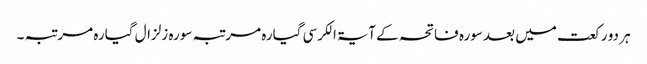
ہر دو رکعت میں بعد سورہ فاتحہ کے آیۃ الکرسی گیارہ مرتبہ سورہ زلزال گیارہ مرتبہ ۔